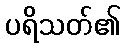
ပရိသတ်၏